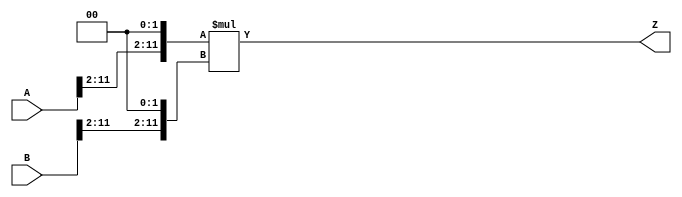
/***
* This code is a part of EvoApproxLib library (ehw.fit.vutbr.cz/approxlib) distributed under The MIT License.
* When used, please cite the following article(s): PRABAKARAN B. S., MRAZEK V., VASICEK Z., SEKANINA L., SHAFIQUE M. ApproxFPGAs: Embracing ASIC-based Approximate Arithmetic Components for FPGA-Based Systems. DAC 2020. 
***/
// MAE% = 0.037 %
// MAE = 6140 
// WCE% = 0.15 %
// WCE = 24561 
// WCRE% = 100.00 %
// EP% = 93.71 %
// MRE% = 0.65 %
// MSE = 57970.012e3 
// FPGA_POWER = 1.4
// FPGA_DELAY = 11
// FPGA_LUT = 121



module mul12u_338(
	A, 
	B,
	Z
);

input [12-1:0] A;
input [12-1:0] B;
output [2*12-1:0] Z;

wire [12-1:0] tmpA;
wire [12-1:0] tmpB;
assign tmpA = {A[12-1:2],{2{1'b0}}};
assign tmpB = {B[12-1:2],{2{1'b0}}};
assign Z = tmpA * tmpB;
endmodule